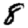
Digit: 8